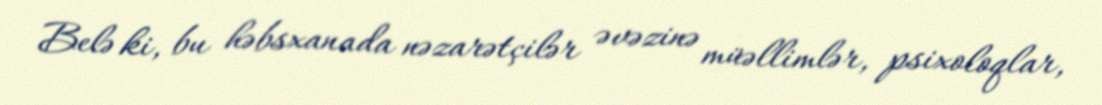
Belə ki, bu həbsxanada nəzarətçilər əvəzinə müəllimlər, psixoloqlar,